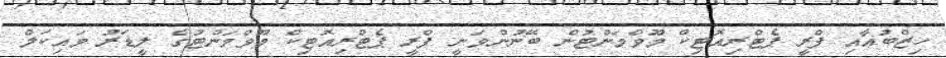
ހިޒްބުއާއި ފްރީ ޕެޓްރިއޮޓިކް މޫވްމަންޓުން ބޭނުންވަނީ ފްރީ ޕެޓްރިއޮޓިކް މޫވްމަންޓުގެ ލީޑަރު މައިކަލް